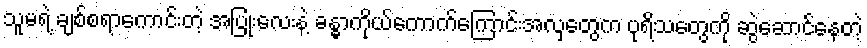
သူမရဲ့ ချစ်စရာကောင်းတဲ့ အပြုံးလေးနဲ့ ခန္ဓာကိုယ်ကောက်ကြောင်းအလှတွေက ပုရိသတွေကို ဆွဲဆောင်နေတဲ့